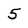
Character: 5